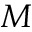
{ \cal M }